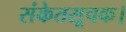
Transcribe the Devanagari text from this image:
संकेतसूचक।